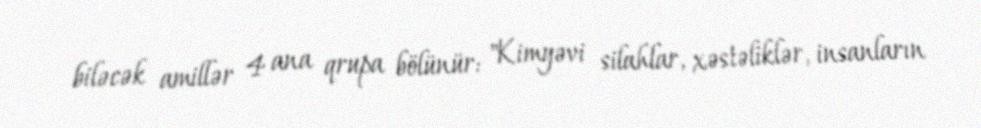
biləcək amillər 4 ana qrupa bölünür: "Kimyəvi silahlar, xəstəliklər, insanların